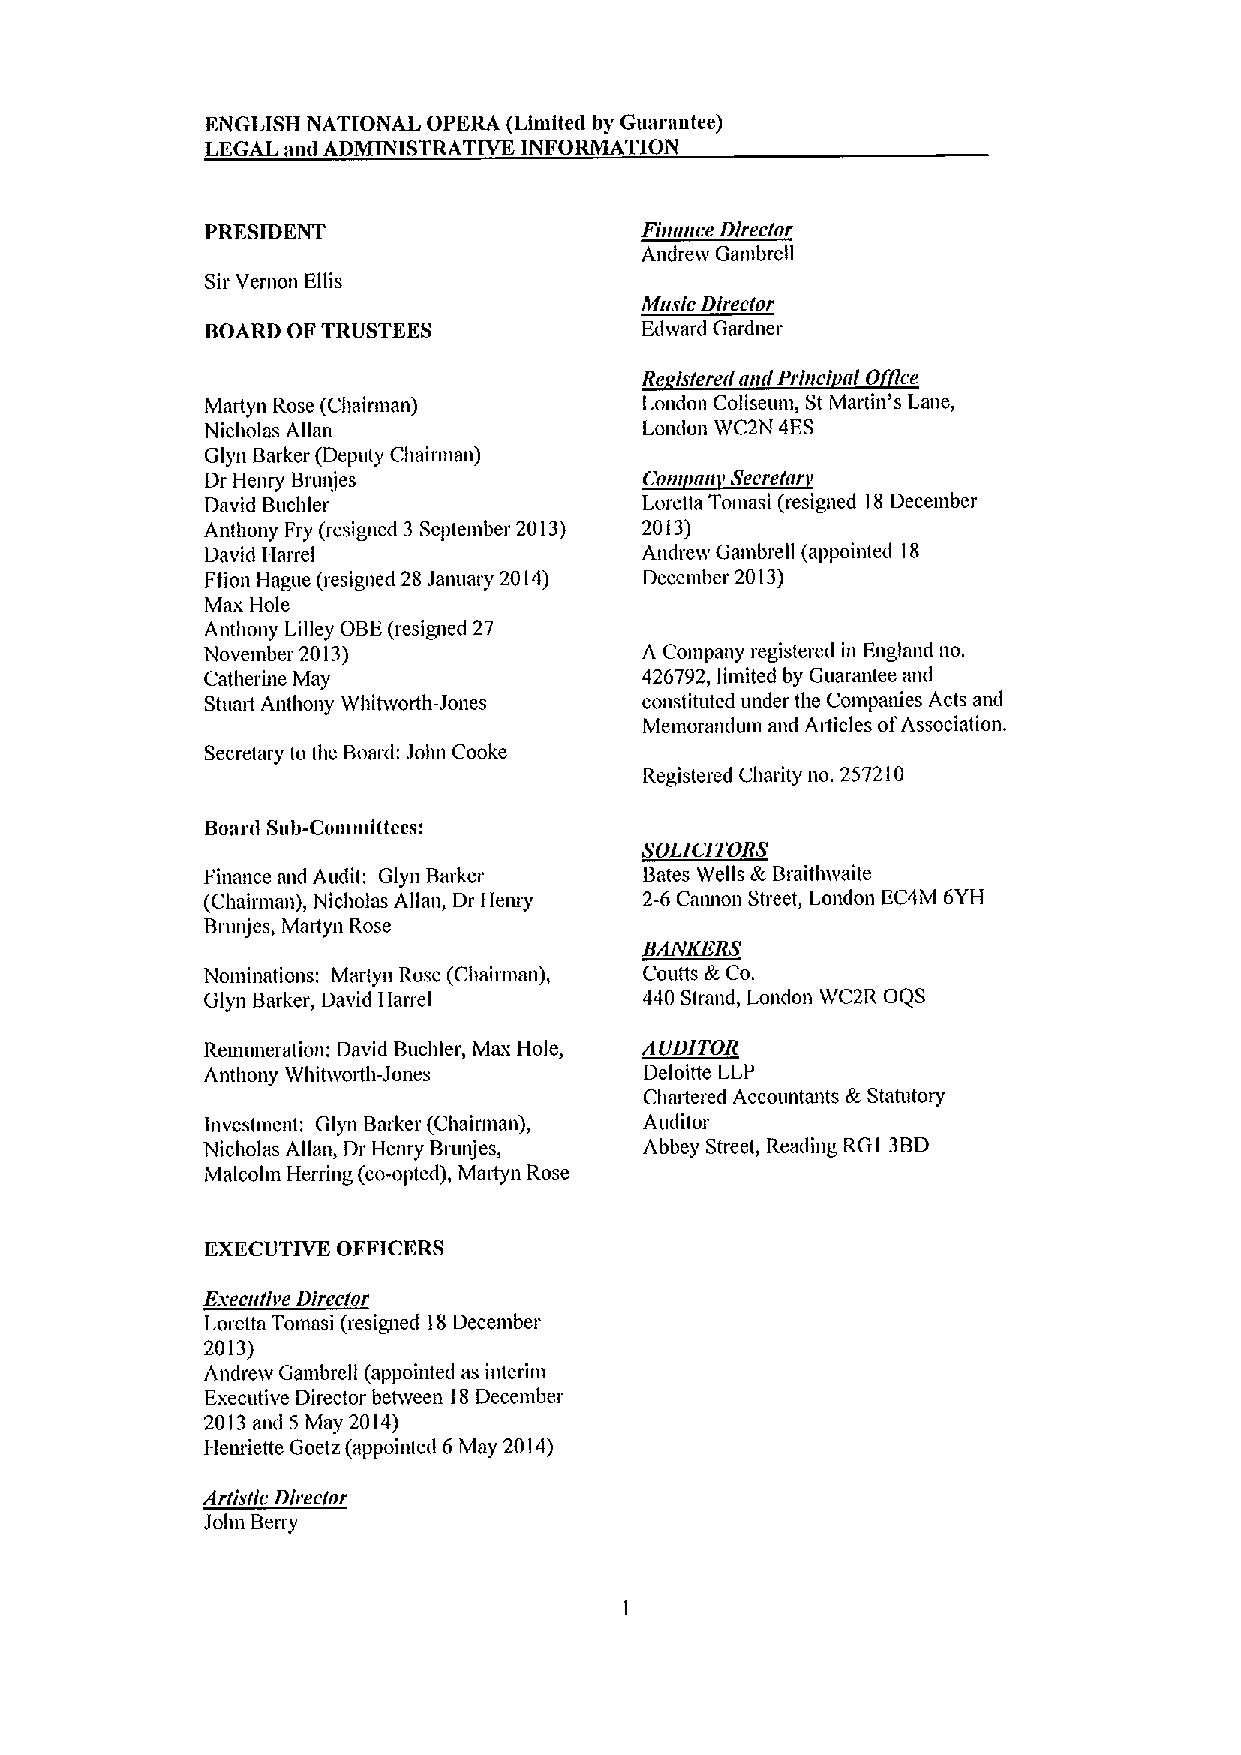
ENGLISH NATIONAL OPERA (Limite&1 by Guarautee)
 LEGAL aml ADMINISTRATIVE INIrORMATION
 PRESIDENT                   Finance Dlreclor
 Andretv Gambrell
 Sir Vernon Ellis
 Music Dlreclor
 BOARD OFTRUSTEES             Edward Gardner
 0
 Re ~lslererl anrl Prlnci al ce
 Martyn Rose (Chairmmt)       London Coliseum, St Martin's Lane,
 Nicholas Allmt               London WC2N 4ES
 Glyn Barker (Deputy Chairman)
 Dr Henry Brunjes            ~Q»»  'S  I«
 David Buchler                Loretta Tomasi (resigned 18December
 Anthony Fry (resigned 3 September 2013) 2013)
 David Harrel                 Andretv Gambrell (appointed 18
 Fiion Hague (resigned 28 January 2014) December 2013)
 Max Hole
 Anthony Lilicy OBE(resigned 27
 November 2013)               A Company registered in England no.
 Catherine May                426792, limited by Guarantee and
 Stuart Anthony Whihvorth-Jones constituted under the Companies Acts mtd
 Memorandum and Articles ofAssociation.
 Secretary to the Boar&k John Cooke
 Registered Charity no. 257210
 Board Sub-Coutmittees:
 SOI.ICITOES
 Finance mrd Audit: Glyn Beaker Bates Wells Ik Braithwaite
 (Chairman), Nicholas Allan, Dr Heruy 2-6 Cannon Street, London EC4M 6YH
 Bntnjes, Martyn Rose
 BAIVIIERS
 Nominations: Martyn Rose (Cimirntan), Coutts tk Co.
 Glyn Barker, David Harrel    440 Strand, London WC2R OQS
 Reunnteration: David Buchler, Max Hole, AUDITOR
 Anthony Whitwodh-Jones       Deloitte LLP
 k
 Chartered Accountants Statutory
 investment: Glyn Barker (Chairman), Auditor
 Nicholas Allmt, Dr Henry Brunjes, Abbey Street, Reading RG1 3BD
 Malcolm Herring (co-opted), Martyn Rose
 EXECUTIVE OFFICERS
 Eaecalive Director
 Loretta Tomasi (resigtted 18December
 2013)
 Andrew Gambrcll (appointed as interim
 Executive Director behveen 18December
 2013and 5 May 2014)
 I-lcmiette Goetz (appointed 6 May 2014)
 Arlislic Dlreclor
 Jolut Beny